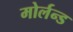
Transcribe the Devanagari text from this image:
मोर्लन्ड